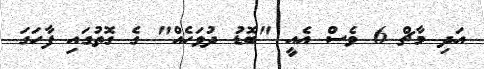
އަދި މާޗް 6 ވެސް އެއީ "ބޮޑު ދުވަހެއް" ގެ ގޮތުގައި ފާހަގަ